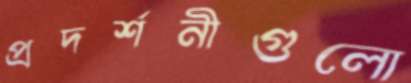
প্রদর্শনীগুলো